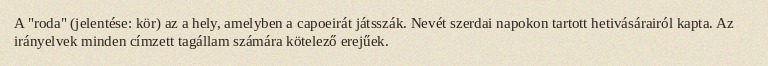
A "roda" (jelentése: kör) az a hely, amelyben a capoeirát játsszák. Nevét szerdai napokon tartott hetivásárairól kapta. Az irányelvek minden címzett tagállam számára kötelező erejűek.